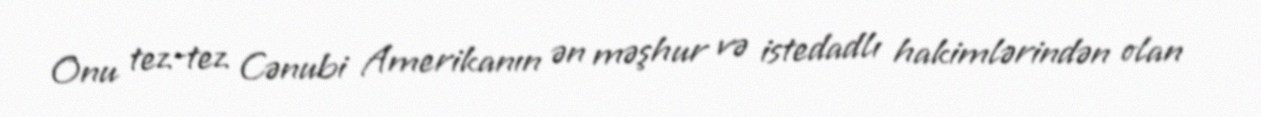
Onu tez-tez Cənubi Amerikanın ən məşhur və istedadlı hakimlərindən olan